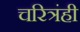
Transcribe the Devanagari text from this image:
चरित्रंही